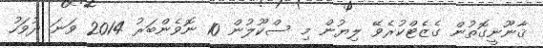
ޤާނޫނީގޮތުން ގެޒެޓްކުރެވޭ ލިޔުން މި ސްކޫލުން 10 ނޮވެންބަރު 2014 ވަނަ ދުވަހު